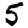
Digit: 5